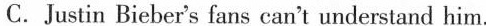
C. Justin Bieber's fans can't understand him